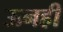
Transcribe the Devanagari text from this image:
ऊनही